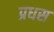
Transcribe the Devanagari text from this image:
प्रधस